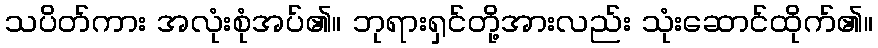
သပိတ်ကား အလုံးစုံအပ်၏။ ဘုရားရှင်တို့အားလည်း သုံးဆောင်ထိုက်၏။